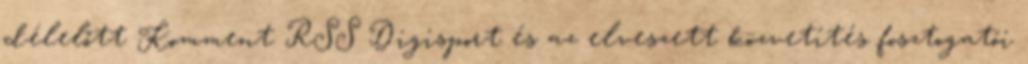
délelőtt Komment RSS Digisport és az elveszett közvetítés fosztogatói